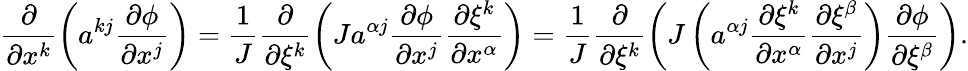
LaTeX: \frac{\partial}{\partial x^{k}}\left(a^{kj}\frac{\partial\phi}{\partial x^{j}}\right)=\frac{1}{J}\frac{\partial}{\partial\xi^{k}}\left(Ja^{\alpha j}\frac{\partial\phi}{\partial x^{j}}\frac{\partial\xi^{k}}{\partial x^{\alpha}}\right)=\frac{1}{J}\frac{\partial}{\partial\xi^{k}}\left(J\left(a^{\alpha j}\frac{\partial\xi^{k}}{\partial x^{\alpha}}\frac{\partial\xi^{\beta}}{\partial x^{j}}\right)\frac{\partial\phi}{\partial\xi^{\beta}}\right).